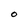
Character: O